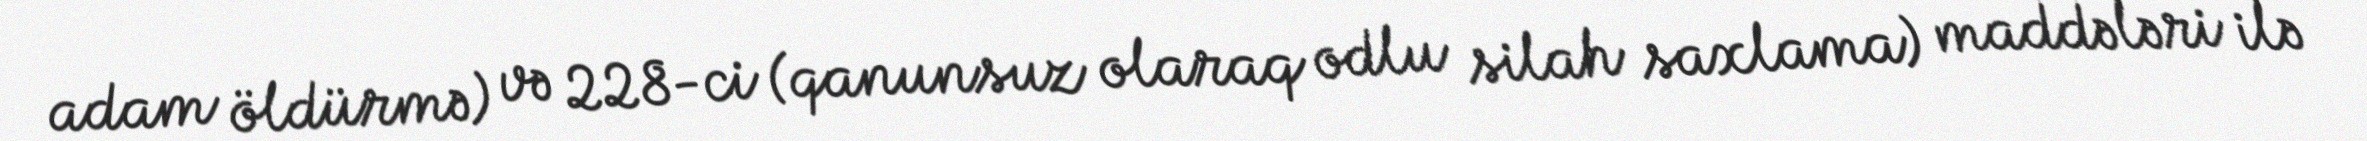
adam öldürmə) və 228-ci (qanunsuz olaraq odlu silah saxlama) maddələri ilə